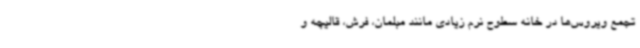
تجمع ویروس‌ها در خانه سطوح نرم زیادی مانند مبلمان، فرش، قالیچه و